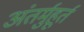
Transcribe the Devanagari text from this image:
अंतर्मुहूर्त